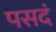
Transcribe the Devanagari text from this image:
पसदं